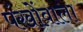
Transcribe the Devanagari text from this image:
पंखोंवाला